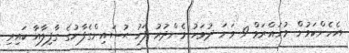
އެހެންކަމުން މުހައްރަމް 9 ވަނަ ދުވަހު މެންދުރު ފަހު ޙުސައިންގެފާނުގެ ގާފިލާއާ ކައިރި